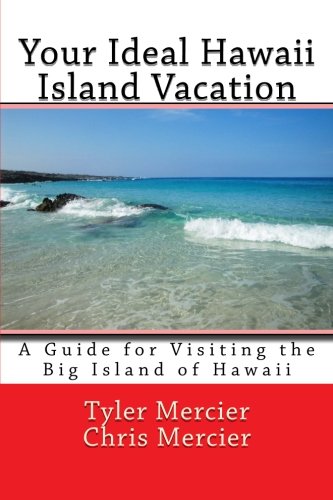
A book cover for Your Ideal Hawaii Island Vacation: A Guide for Visiting the Big Island of Hawaii; Tyler Mercier; Travel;